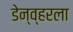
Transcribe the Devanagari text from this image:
डेन्व्हरला